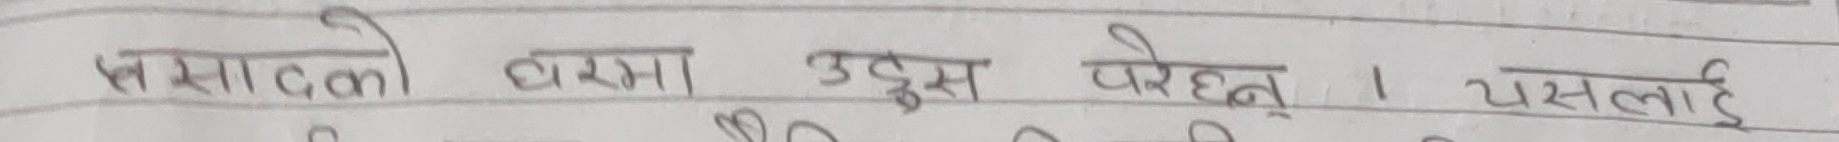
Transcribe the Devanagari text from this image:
पसाटको घरमा उडुस परेछन्‌। यसलाई